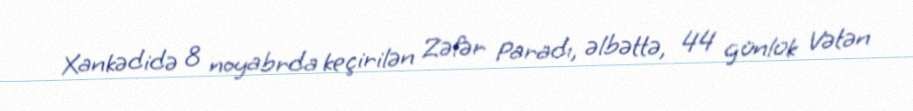
Xankədidə 8 noyabrda keçirilən Zəfər Paradı, əlbəttə, 44 günlük Vətən